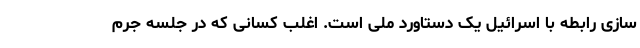
سازی رابطه با اسرائیل یک دستاورد ملی است. اغلب کسانی که در جلسه جرم